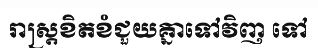
រាស្ត្រខិតខំជួយគ្នាទៅវិញ ទៅ